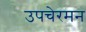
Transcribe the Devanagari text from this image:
उपचेरमन